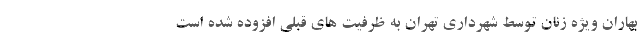
بهاران ویژه زنان توسط شهرداری تهران به ظرفیت های قبلی افزوده شده است